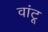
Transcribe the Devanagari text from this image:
वांटू